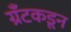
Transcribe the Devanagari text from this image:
ग्रँटकडून